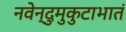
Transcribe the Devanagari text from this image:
नवेन्दुमुकुटाभातं